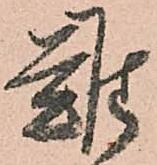
難